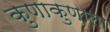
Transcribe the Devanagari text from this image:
कुणाकुणाला